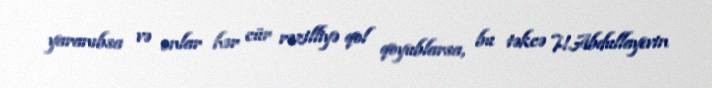
yaranıbsa və onlar hər cür rəzilliyə qol qoyublarsa, bu təkcə H.Abdullayevin